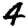
Digit: 4